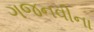
ગજનવીના